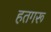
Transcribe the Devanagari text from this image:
हतगरू